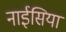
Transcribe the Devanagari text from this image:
नाईसिया